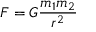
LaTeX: F = G { \frac { m _ { 1 } m _ { 2 } } { r ^ { 2 } } }